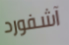
آشفورد